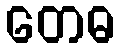
တေဓ